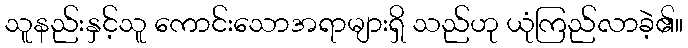
သူနည်းနှင့်သူ ကောင်းသောအရာများရှိ သည်ဟု ယုံကြည်လာခဲ့၏။